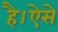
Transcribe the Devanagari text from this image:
है।ऐसे